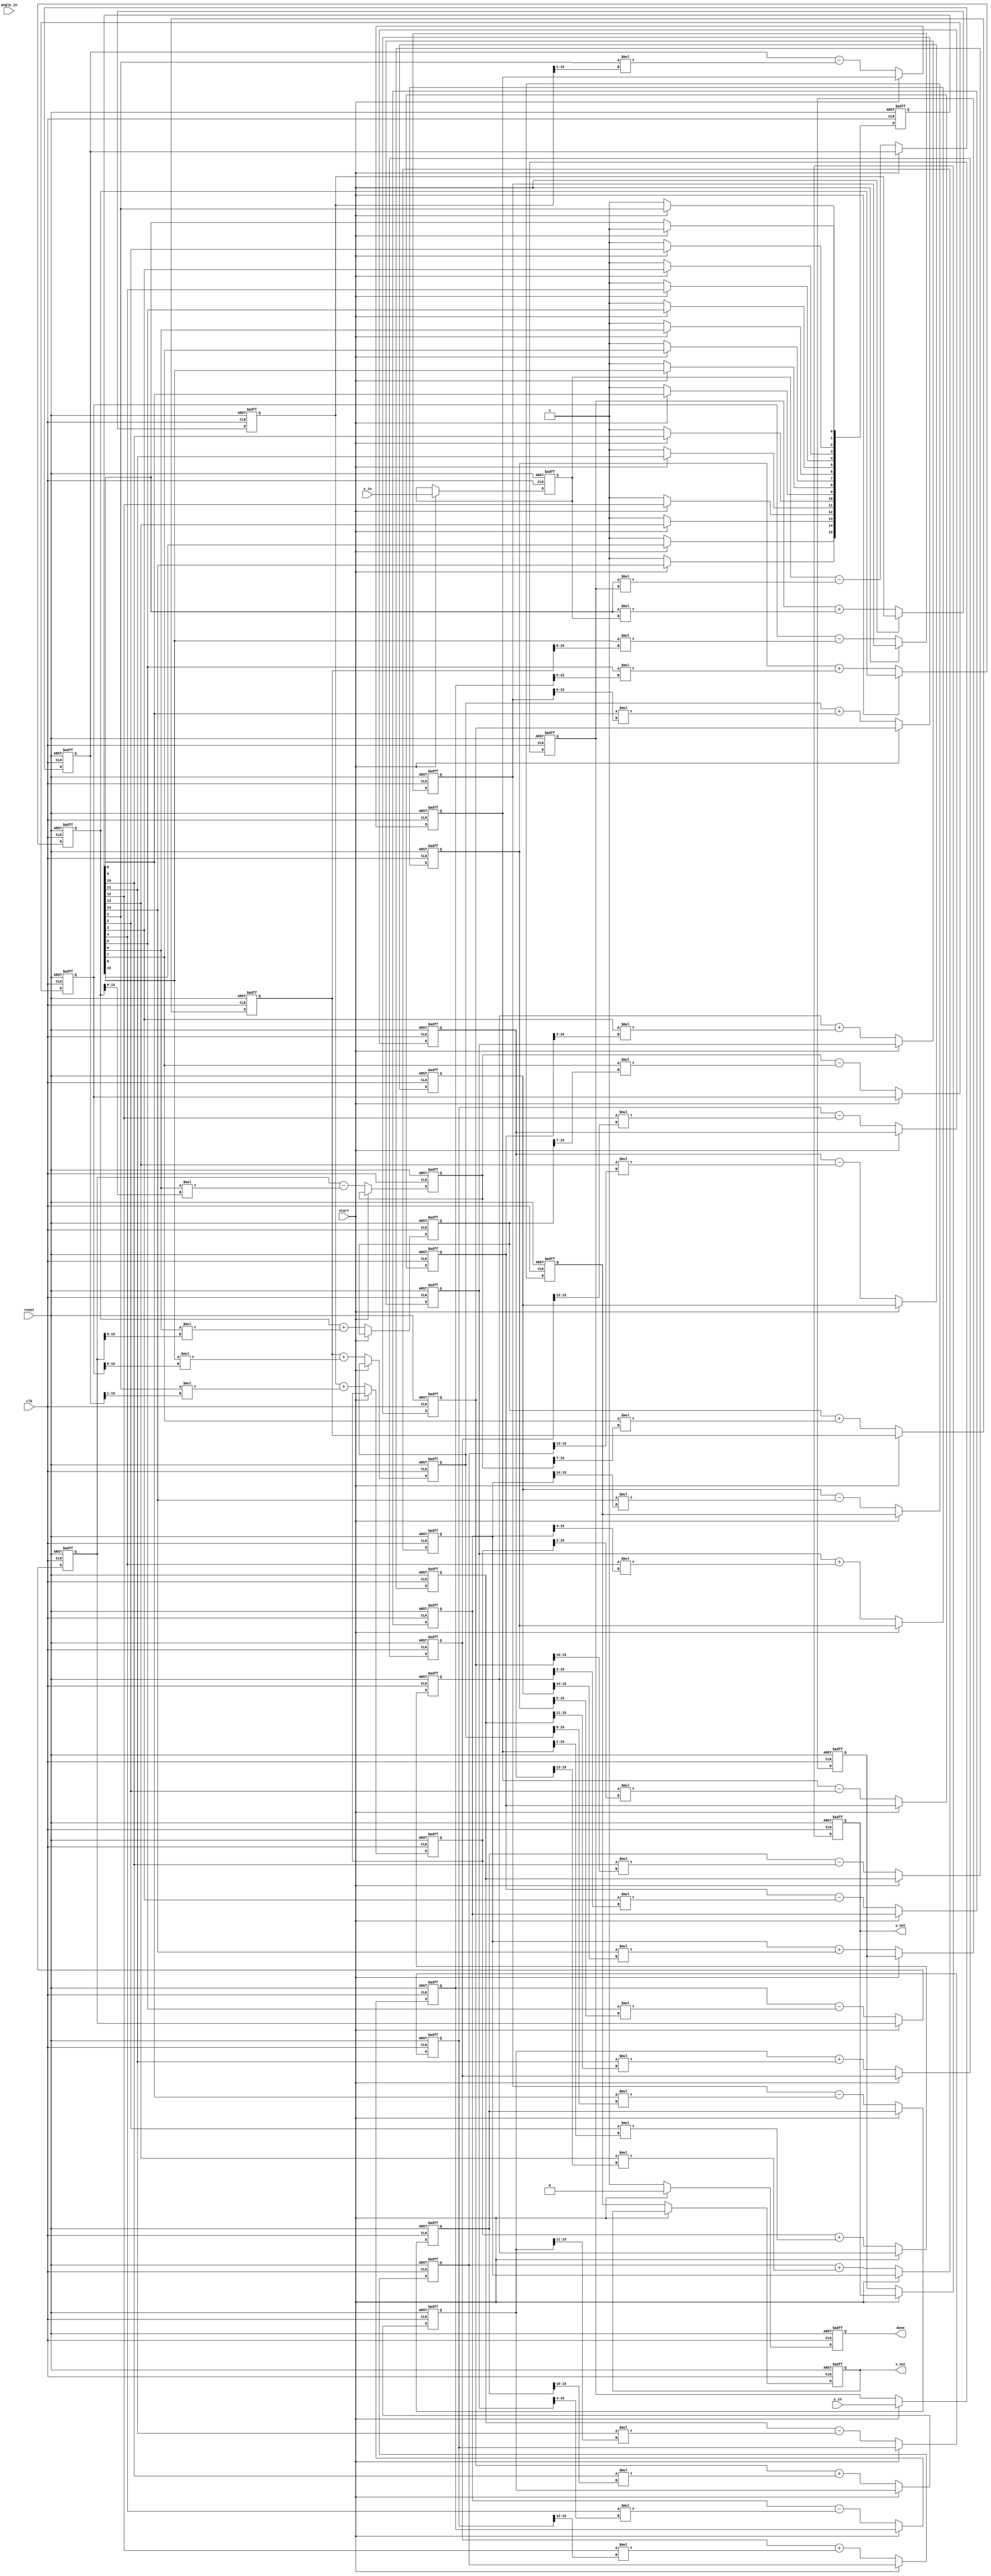
module pipeline_cordic #(
    parameter STAGES = 16,         // Number of CORDIC stages
    parameter FIXED_POINT_WIDTH = 16 // Width of fixed-point representation
)(
    input wire clk,
    input wire reset,
    input wire start,
    input wire signed [FIXED_POINT_WIDTH-1:0] angle_in, // Input angle in fixed-point
    input wire signed [FIXED_POINT_WIDTH-1:0] x_in,     // Input x-coordinate
    input wire signed [FIXED_POINT_WIDTH-1:0] y_in,     // Input y-coordinate
    output reg signed [FIXED_POINT_WIDTH-1:0] x_out,    // Output x-coordinate
    output reg signed [FIXED_POINT_WIDTH-1:0] y_out,    // Output y-coordinate
    output reg done // Indicates completion of operation
);

    // CORDIC angle lookup table (fixed-point)
    reg signed [FIXED_POINT_WIDTH-1:0] atan_table [0:STAGES-1];
    initial begin
        // Initialize the arctangent values for CORDIC
        atan_table[0] = 16'h0000; // atan(0)
        atan_table[1] = 16'h3D90; // atan(1/2^1)
        atan_table[2] = 16'h3B6E; // atan(1/2^2)
        // ... Fill in the rest of the values
        atan_table[15] = 16'h1C71; // atan(1/2^15)
    end

    reg signed [FIXED_POINT_WIDTH-1:0] x_reg [0:STAGES-1];
    reg signed [FIXED_POINT_WIDTH-1:0] y_reg [0:STAGES-1];
    reg signed [FIXED_POINT_WIDTH-1:0] angle_reg [0:STAGES-1];
    reg [STAGES-1:0] d_reg; // Direction register

    integer i;

    // Control logic for the pipeline
    always @(posedge clk or posedge reset) begin
        if (reset) begin
            done <= 0;
            x_out <= 0;
            y_out <= 0;
            for (i = 0; i < STAGES; i = i + 1) begin
                x_reg[i] <= 0;
                y_reg[i] <= 0;
                angle_reg[i] <= 0;
                d_reg[i] <= 0;
            end
        end else if (start) begin
            // Initialize the first stage
            x_reg[0] <= x_in;
            y_reg[0] <= y_in;
            angle_reg[0] <= angle_in;
            d_reg[0] <= (angle_in < 0) ? -1 : 1; // Determine direction
            done <= 0;
        end else begin
            // Pipeline processing
            for (i = 0; i < STAGES - 1; i = i + 1) begin
                x_reg[i + 1] <= x_reg[i] - (d_reg[i] * (y_reg[i] >>> i));
                y_reg[i + 1] <= y_reg[i] + (d_reg[i] * (x_reg[i] >>> i));
                angle_reg[i + 1] <= angle_reg[i] - (d_reg[i] * atan_table[i]);
                d_reg[i + 1] <= (angle_reg[i + 1] < 0) ? -1 : 1; // Update direction
            end

            // Final output
            x_out <= x_reg[STAGES - 1];
            y_out <= y_reg[STAGES - 1];
            done <= 1;
        end
    end

endmodule